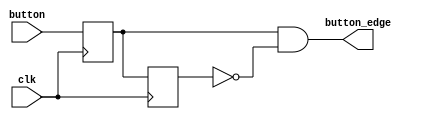
`timescale 1ns / 1ps
//////////////////////////////////////////////////////////////////////////////////
// Company: 
// Engineer: 
// 
// Design Name: 
// Module Name: button_edge
// Project Name: 
// Target Devices: 
// Tool Versions: 
// Description: 
// 
// Dependencies: 
// 
// Revision:
// Revision 0.01 - File Created
// Additional Comments:
// 
//////////////////////////////////////////////////////////////////////////////////


module signal_edge(
    input clk,
    input button,
    output button_edge
);
reg button_r1,button_r2;
always@(posedge clk)
    button_r1 <= button;
always@(posedge clk)
    button_r2 <= button_r1;
assign button_edge = button_r1 & (~button_r2);
endmodule